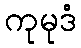
ကုမုဒံ